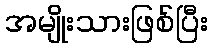
အမျိုးသားဖြစ်ပြီး